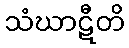
သံဃာဋီတိ